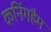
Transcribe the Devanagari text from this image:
कनिंगहैम